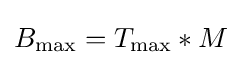
B_{\text{max}}=T_{\text{max}}*M